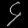
Digit: ၄